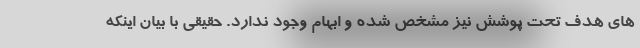
های هدف تحت پوشش نیز مشخص شده و ابهام وجود ندارد. حقیقی با بیان اینکه